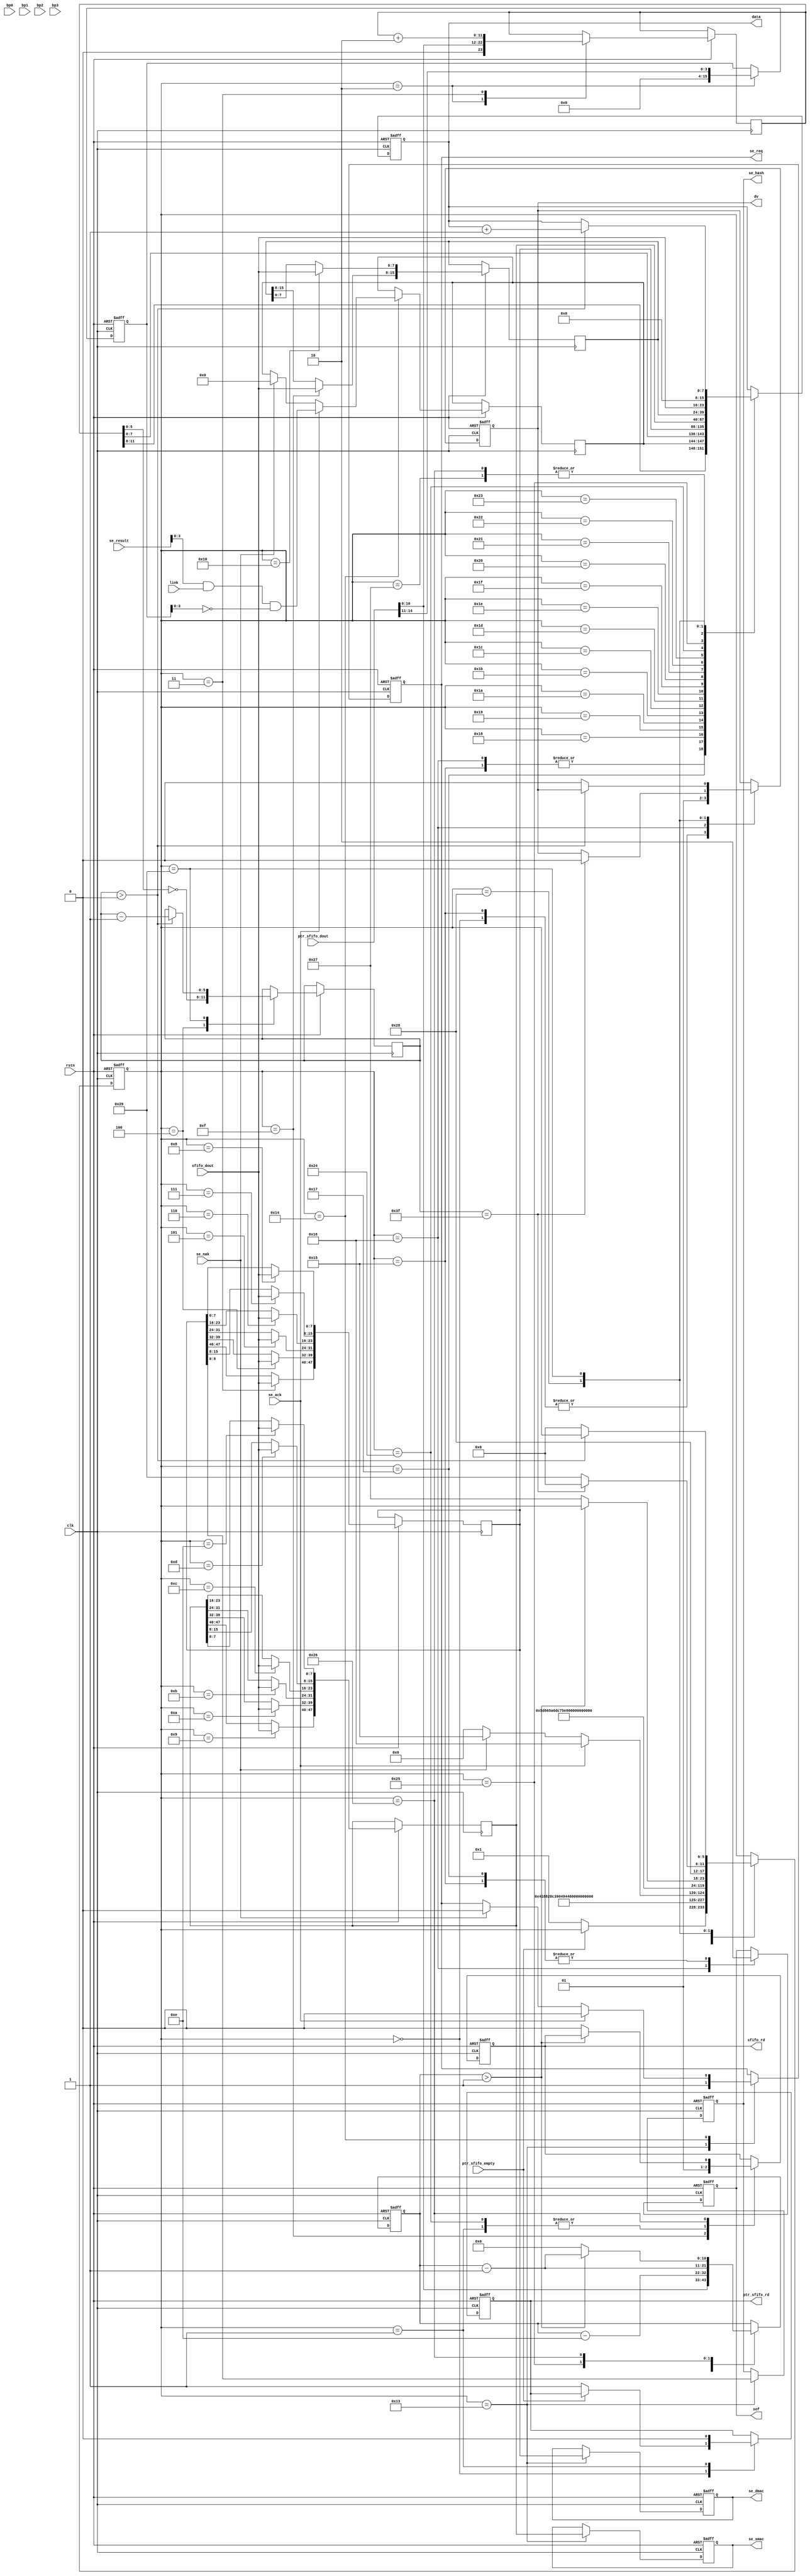
`timescale 1ns / 1ps
//////////////////////////////////////////////////////////////////////////////////
// Company: 
// Engineer: 
// 
// Design Name: 
// Module Name: tteframe_process
// Project Name: 
// Target Devices: 
// Tool Versions: 
// Description: 
// 
// Dependencies: 
// 
// Revision:
// Revision 0.01 - File Created
// Additional Comments:
// 
//////////////////////////////////////////////////////////////////////////////////


module tteframe_process(
input                	clk,
input                   rstn,
output  reg             sfifo_rd,
input        [7:0]      sfifo_dout,
output  reg             ptr_sfifo_rd,
input        [15:0]     ptr_sfifo_dout,
input                   ptr_sfifo_empty,

output  reg  [47:0]     se_dmac,
output  reg  [47:0]     se_smac,
output  reg  [9:0]      se_hash,
output  reg             se_req,
input                   se_ack,
input                   se_nak,
input        [15:0]     se_result,
input        [3:0]      link,                    

input                   bp0,
input                   bp1,
input                   bp2,
input                   bp3,
output  reg             sof,
output  reg             dv,
output  reg  [7:0]      data    
);
reg     [47:0]     source_mac;
reg     [47:0]     desti_mac;
reg     [15:0]     length_type; 
reg     [5:0]      state;
reg     [10:0]     cnt;
reg     [3:0]      egress_portmap;
reg     [11:0]     length;
reg     [5:0]      pad_cnt;

reg  [15:0]     source_portmap;

always@(posedge clk or negedge rstn)begin
    if(!rstn)begin
        sfifo_rd<=#2 0;
        ptr_sfifo_rd<=#2 0;
        se_dmac<=#2 0;
        se_smac<=#2 0;
        se_hash<=#2 0;
        se_req<=#2 0;
        source_portmap<=#2 0;
        sof<=#2 0;
        dv<=#2 0;
        data<=#2 0;
        state<=#2 0;
        cnt<=#2 0;
        end
    else  begin
        case(state)
        0:begin
            dv<=#2 0;
            if(!ptr_sfifo_empty)begin
                ptr_sfifo_rd<=#2 1;   	
                state<=#2 1;         	
                end
            end
        1:begin
            ptr_sfifo_rd<=#2 0;
            sfifo_rd<=#2 1;	
            state<=#2 2;
            end
        2:begin
            cnt<=#2 ptr_sfifo_dout[10:0];						
            length<=#2 {1'b0,ptr_sfifo_dout[10:0]};
            source_portmap<=#2 {12'b0,ptr_sfifo_dout[14:11]};					
            state<=#2 3;
            end
        3:begin
			length<=#2 length+2;	
			desti_mac[47:40]<=#2 sfifo_dout[7:0];
            state<=#2 4;
            end
        4:begin
			pad_cnt<=#2 ~length[5:0];	
			desti_mac[39:32]<=#2 sfifo_dout[7:0];
            state<=#2 5;
            end
        5:begin
            desti_mac[31:24]<=#2 sfifo_dout[7:0];
            state<=#2 6;
            end
        6:begin
            desti_mac[23:16]<=#2 sfifo_dout[7:0];
            state<=#2 7;
            end
        7:begin
            desti_mac[15:8]<=#2 sfifo_dout[7:0];
            state<=#2 8;
            end
        8:begin
            desti_mac[7:0]<=#2 sfifo_dout[7:0];
            state<=#2 9;
            end
        9:begin
            source_mac[47:40]<=#2 sfifo_dout[7:0];
            state<=#2 10;
            end
        10:begin
            source_mac[39:32]<=#2 sfifo_dout[7:0];
            state<=#2 11;
            end
        11:begin
            source_mac[31:24]<=#2 sfifo_dout[7:0];
            state<=#2 12;
            end
        12:begin
            source_mac[23:16]<=#2 sfifo_dout[7:0];
            state<=#2 13;
            end
        13:begin
            source_mac[15:8]<=#2 sfifo_dout[7:0];
            state<=#2 14;
            end
        14:begin
            source_mac[7:0]<=#2 sfifo_dout[7:0];
            state<=#2 15;
            end
        15:begin
            length_type[15:8]<=#2 sfifo_dout[7:0];
            sfifo_rd<=#2 0;
            state<=#2 16;
            end
        16:begin
            length_type[7:0]<=#2 sfifo_dout[7:0];
            cnt<=#2 cnt-14;
            state<=#2 19;
            end
        19:begin
            se_req<=#2 1;
            se_hash<=#2 desti_mac[9:0];
            se_dmac<=#2 desti_mac;
            se_smac<=#2 source_mac;
            state<=#2 20;
            end
        20:begin
            if(se_ack)begin
                se_req<=#2 0;
                state<=#2 22;
                egress_portmap<=#2 se_result[3:0]&link&(~source_portmap);
                end
            else if(se_nak)begin
                se_req<=#2 0;
                state<=#2 21;
                egress_portmap<=#2 0;
                end
            else begin
                state<=#2 0;
                end
            end
        21:begin
            data<=#2 {length[11:8],egress_portmap[3:0]};  
            dv<=#2 0;
            sof<=#2 0;  
            state<=#2 23;
            end
        22:begin
            data<=#2 {length[11:8],egress_portmap[3:0]};  
            dv<=#2 1;
            sof<=#2 1;  
            state<=#2 23;
            end
        23:begin
            data<=#2 length[7:0];
            state<=#2 24;
            sof<=#2 0;
            end
        24:begin
            data<=#2 desti_mac[47:40];
            state<=#2 25;
            end
        25:begin
            data<=#2 desti_mac[39:32];
            state<=#2 26;
            end
        26:begin
            data<=#2 desti_mac[31:24];
            state<=#2 27;
            end
        27:begin
            data<=#2 desti_mac[23:16];
            state<=#2 28;
            end
        28:begin
            data<=#2 desti_mac[15:8];
            state<=#2 29; 
            end
        29:begin
            data<=#2 desti_mac[7:0];
            state<=#2 30;
            end
        30:begin
            data<=#2 source_mac[47:40];
            state<=#2 31;
            end
        31:begin
            data<=#2 source_mac[39:32];
            state<=#2 32;
            end 
        32:begin
            data<=#2 source_mac[31:24];
            state<=#2 33;
            end
        33:begin
            data<=#2 source_mac[23:16];
            state<=#2 34;
            end
        34:begin
            data<=#2 source_mac[15:8];
            state<=#2 35;
            end
        35:begin
            data<=#2 source_mac[7:0];
            state<=#2 36;
            end
        36:begin
            data<=#2 length_type[15:8];
            state<=#2 37;
            sfifo_rd<=#2 1;
            end
        37:begin
            data<=#2 length_type[7:0];
            cnt<=#2 cnt-1;
            state<=#2 38;
            end
        38:begin
            data<=#2 sfifo_dout;
            if(cnt>1) cnt<=#2 cnt-1;
            else begin
                cnt<=#2 0;
                sfifo_rd<=#2 0;
                state<=#2 39;
                end
            end
        39: begin
            data<=#2 sfifo_dout;
			state<=#2 40;
			end
		40:begin
            data<=#2 0;
            if(pad_cnt==6'd63)begin
				dv<=#2 0;
				state<=#2 0;
				end
			else begin
                data<=#2 0;
				state<=#2 41;
                end
            end
		41:begin
			if(pad_cnt>0) begin
				data<=#2 data+1;
				pad_cnt<=#2 pad_cnt-1;
				end
			else begin
				dv<=#2 0;
				state<=#2 0;
				end
			end
        endcase
        end
    end

endmodule